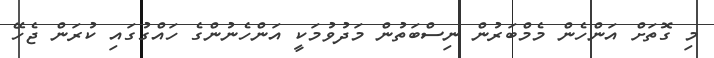
މި ގޮތަށް އަންހެން މެމްބަރުން ނިސްބަތުން މަދުވުމަކީ އަންހެނުންގެ ހައްގުގައި ކުރަން ޖެހޭ